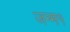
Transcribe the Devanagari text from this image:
जन्म१